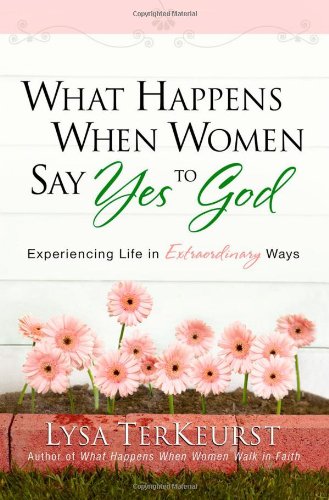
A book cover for What Happens When Women Say Yes to God: Experiencing Life in Extraordinary Ways; Lysa TerKeurst; Christian Books & Bibles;